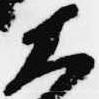
大